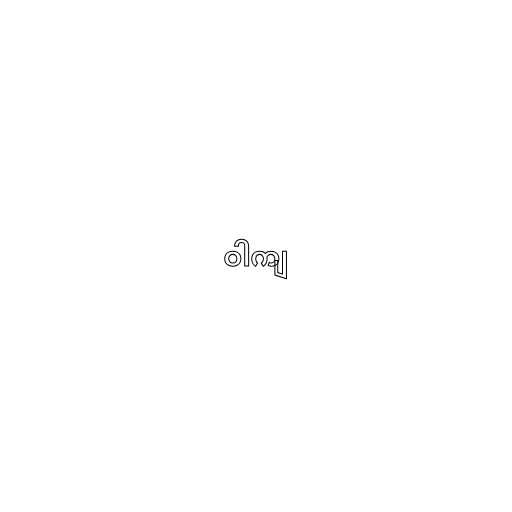
ဝါကျ